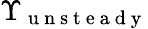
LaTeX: \Upsilon_{\mathrm{~u~n~s~t~e~a~d~y~}}